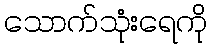
သောက်သုံးရေကို